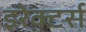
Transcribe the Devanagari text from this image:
इरेक्टर्स